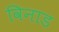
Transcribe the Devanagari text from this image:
विनाड